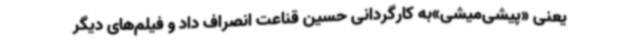
یعنی «پیشی‌میشی»به کارگردانی حسین قناعت انصراف داد و فیلم‌های دیگر